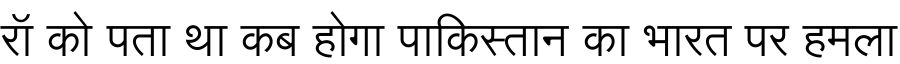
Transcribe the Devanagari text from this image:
रॉ को पता था कब होगा पाकिस्तान का भारत पर हमला